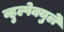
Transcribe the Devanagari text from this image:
व्हुल्पेक्युले